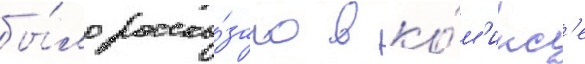
бы́ло расска́зано в ко́м'икс'е